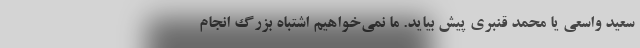
سعید واسعی یا محمد قنبری پیش بیاید. ما نمی‌خواهیم اشتباه بزرگ انجام